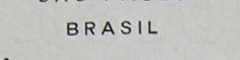
BRASIL